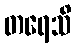
တရေသိ